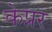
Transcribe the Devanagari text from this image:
केप्नर